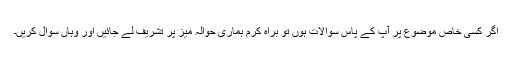
اگر کسی خاص موضوع پر آپ کے پاس سوالات ہوں تو براہ کرم ہماری حوالہ میز پر تشریف لے جائیں اور وہاں سوال کریں۔